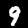
Digit: 9